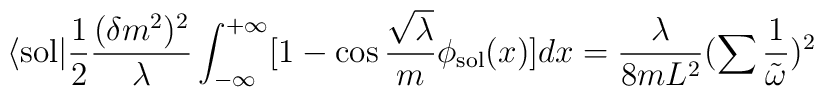
\langle {\rm sol}|\frac{1}{2}\frac{(\delta m^{2})^{2}}{\lambda}\int_{-\infty}^{+\infty}[1-\cos \frac{\sqrt{\lambda}}{m}\phi_{\rm sol}(x)]dx=\frac{\lambda}{8m L^{2}}(\sum\frac{1}{\tilde{\omega}})^{2}